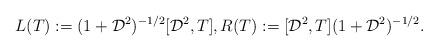
LaTeX: \begin{align*}L(T):=(1+\mathcal{D}^2)^{-1/2}[\mathcal{D}^2,T],R(T):=[\mathcal{D}^2,T](1+\mathcal{D}^2)^{-1/2}.\end{align*}